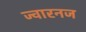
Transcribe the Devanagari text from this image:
ज्वारनज